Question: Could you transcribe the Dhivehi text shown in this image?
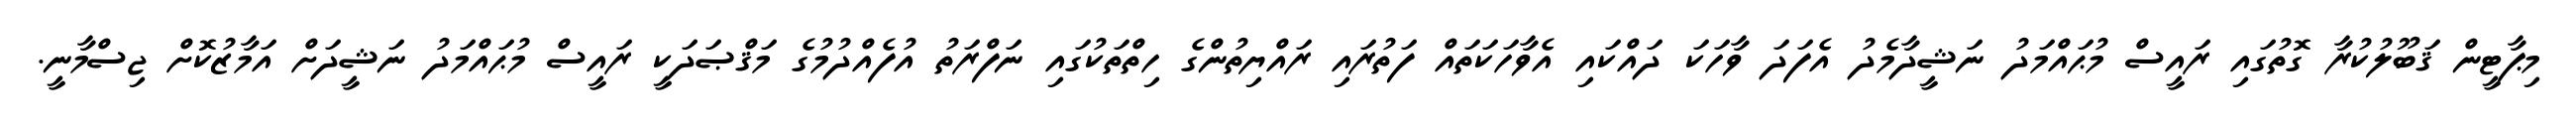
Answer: މިޕާޓީން ޤަބޫލުކުރާ ގޮތުގައި ރައީސް މުޙައްމަދު ނަޝީދާމެދު އެފަދަ ވާހަކަ ދައްކައި އެވާހަކަތައް ފަތުރައި ރައްޔިތުންގެ ހިތްތަކުގައި ނަފްރަތު އުފެއްދުމުގެ މަޤްޞަދަކީ ރައީސް މުޙައްމަދު ނަޝީދަށް އަމާޒުކޮށް ޖިސްމާނީ.